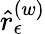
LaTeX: \hat{r}_{\epsilon}^{\left(w\right)}